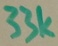
Text: 33K